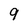
Character: 9